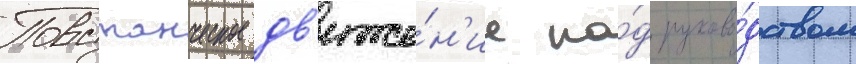
Повстанческое дв'иже́н'ие по́д руково́дством